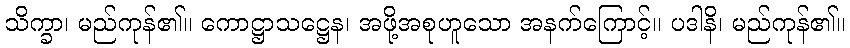
သိက္ခာ၊ မည်ကုန်၏။ ကောဋ္ဌာသဋ္ဌေန၊ အဖို့အစုဟူသော အနက်ကြောင့်။ ပဒါနိ၊ မည်ကုန်၏။